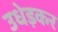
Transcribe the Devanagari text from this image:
उधेड़कर